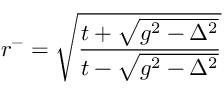
r ^ { - } = \sqrt { \frac { t + \sqrt { g ^ { 2 } - \Delta ^ { 2 } } } { t - \sqrt { g ^ { 2 } - \Delta ^ { 2 } } } }